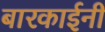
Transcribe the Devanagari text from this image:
बारकाईनी